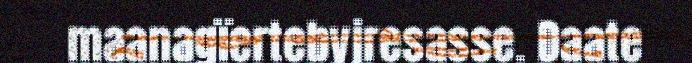
maanagïertebyjresasse. Daate